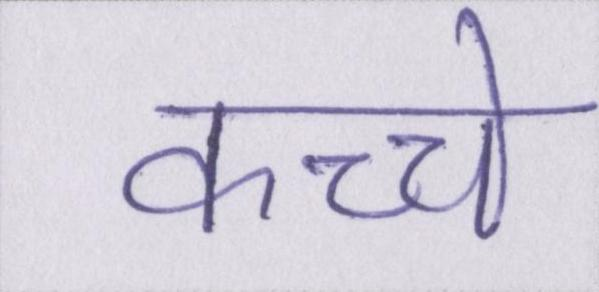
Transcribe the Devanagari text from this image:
कच्चे